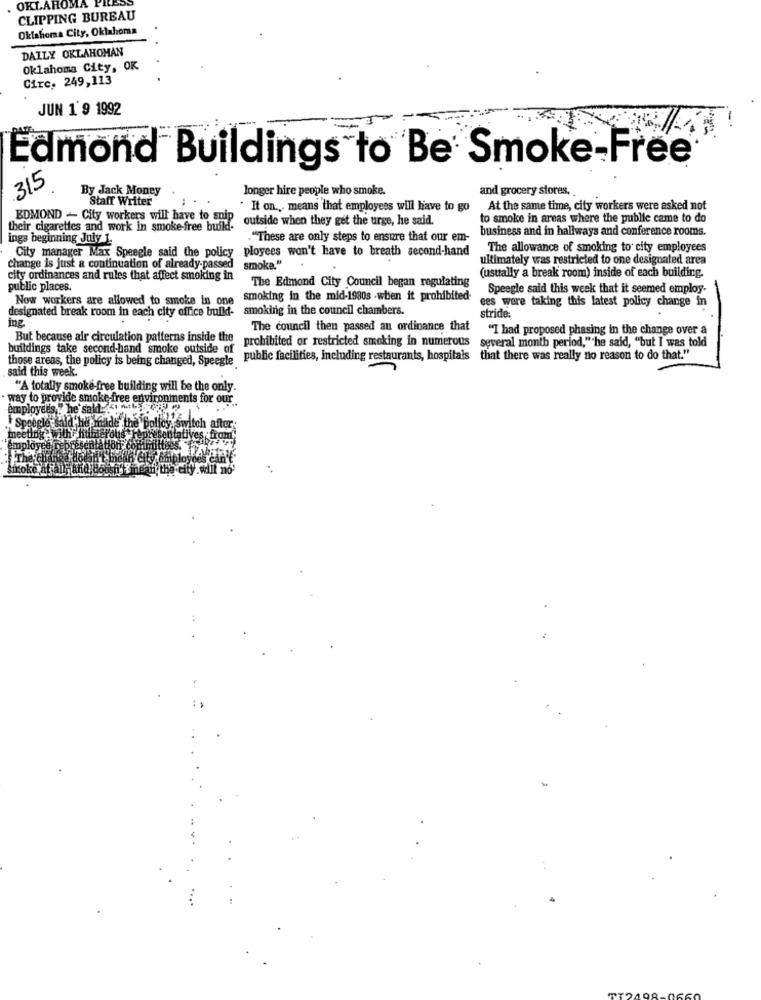
OKLAHOMA
CLIPPING BUREAU
Oklahoma City, Oklahoma
DAILY OKLAHOMAN
Oklahoma City, OK
Circ. 249,113
JUN 1 9 1992
Edmond Buildings to Be Smoke-Free
315
By Jack Money
longer hire people who smoke.
and grocery stores,
Staff Writer
. It on, means that employees will have to go
At the same time, city workers were asked not
EDMOND - City workers will have to snip
outside when they get the urge, he said.
to smoke in areas where the public came to do
their cigarettes and work in smoke-free build-
business and in hallways and conference rooms.
ings beginning July 1.
. "These are only steps to ensure that our em-
City manager Max Speegle said the policy ployees won't have to breath second-hand
The allowance of smoking to city employees
ultimately was restricted to one designated area
change is just a continuation of already-passed
smoke."
city ordinances and rules that affect smoking in
The Edmond City Council began regulating
(usually a break room) inside of each building.
public places.
Speegle said this week that it seemed employ-
Now workers are allowed to smoke in one smoking in the mid-1980s -when it prohibited-
ees were taking this latest policy change in
designated break room in each city office bull- smoking in the council chambers.
ing
stride:
The council then passed an ordinance that
"I had proposed phasing in the change over a
But because air circulation patterns inside the
prohibited or restricted smoking in numerous
several month period," he said, "but I was told
buildings take second-hand smoke outside of
those areas, the policy is being changed, Speegle public facilities, including restaurants, hospitals that there was really no reason to do that."
said this week.
"A totally smoke free building will be the only.
way to provide smoke free environments for our.
employees " he said : 15
Spot
aThy inade the policy, switch a
made
atation